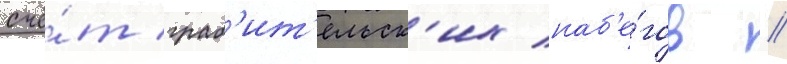
счё́т граб'ит'ельск'их наб'е́гов //